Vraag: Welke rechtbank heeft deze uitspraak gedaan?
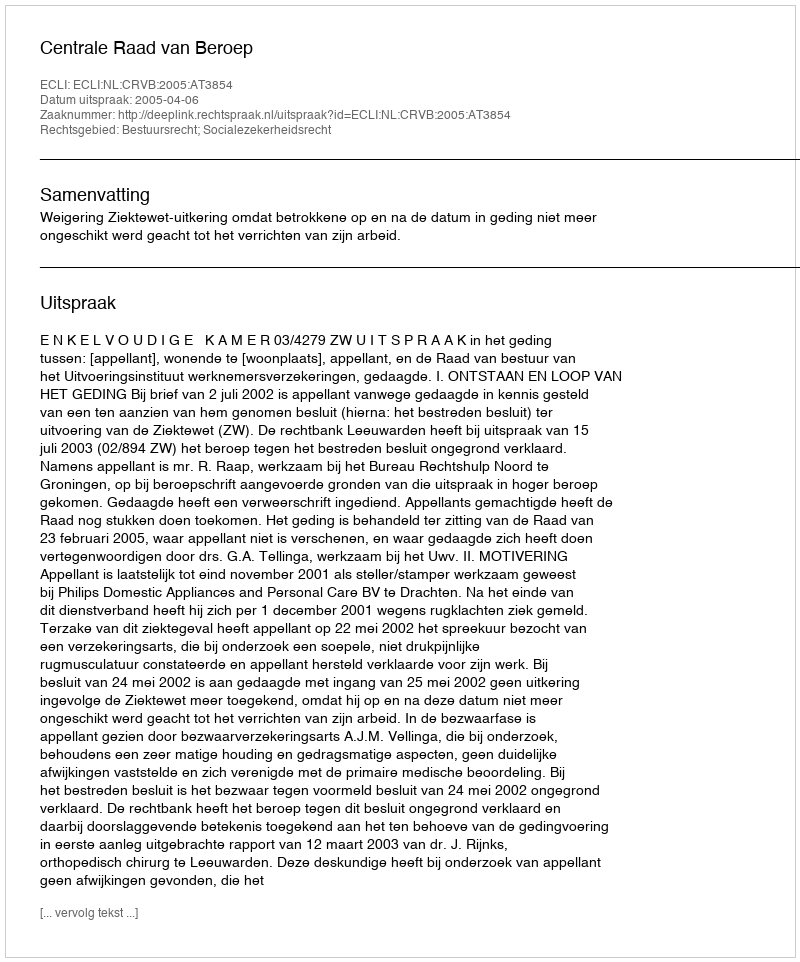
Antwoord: Centrale Raad van Beroep